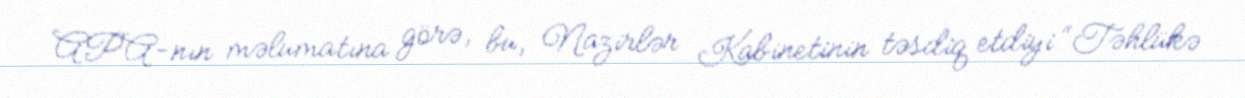
APA-nın məlumatına görə, bu, Nazirlər Kabinetinin təsdiq etdiyi “Təhlükə